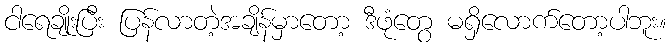
ငါရေချိုးပြီး ပြန်လာတဲ့အချိန်မှာတော့ ဒီဖုံတွေ မရှိလောက်တော့ပါဘူး။